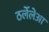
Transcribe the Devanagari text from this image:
ठर्लेलेआ